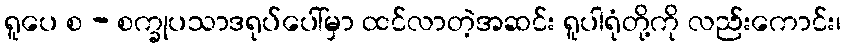
ရူပေ စ - စက္ခုပသာဒရုပ်ပေါ်မှာ ထင်လာတဲ့အဆင်း ရူပါရုံတို့ကို လည်းကောင်း၊